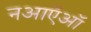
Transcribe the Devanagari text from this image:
नआऍऑ